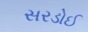
સરડોઈ